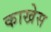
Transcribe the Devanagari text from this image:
काखेस